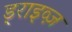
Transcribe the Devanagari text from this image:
ड्राइव्ज़